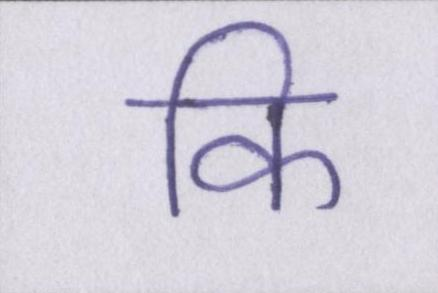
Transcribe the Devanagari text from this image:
कि